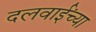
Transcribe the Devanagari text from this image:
दलवाईंच्या